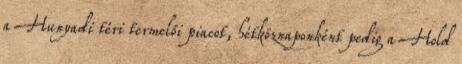
a Hunyadi téri termelői piacot, hétköznaponként pedig a Hold